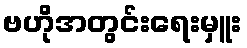
ဗဟိုအတွင်းရေးမှူး